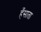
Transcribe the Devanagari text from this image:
हँसाता